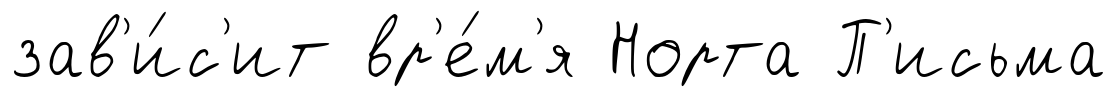
зав'и́с'ит вр'е́м'я Норта П'исьма